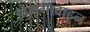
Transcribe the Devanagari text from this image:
डोमगावाहून